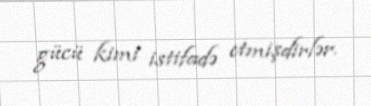
gücü kimi istifadə etmişdirlər.